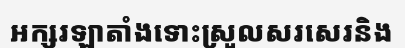
អក្សរឡាតាំងទោះស្រួលសរសេរនិង